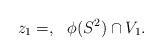
LaTeX: \begin{align*}z_1=,~ ~\phi(S^2)\cap V_1.\end{align*}